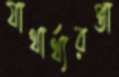
যাথার্থ্যরপ্তা